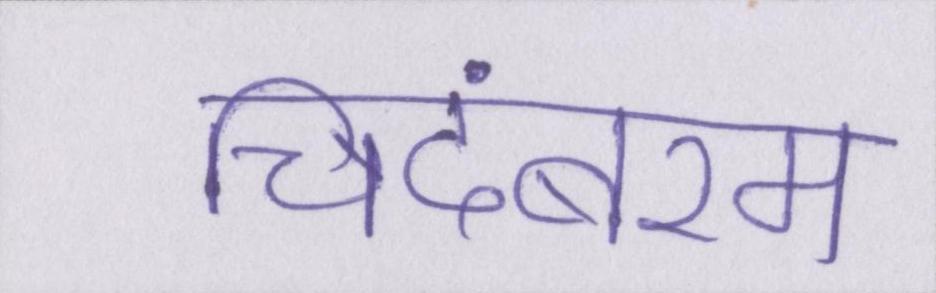
चिदंबरम